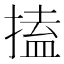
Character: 搕